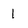
Character: I